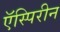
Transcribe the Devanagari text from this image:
ऍस्पिरीन